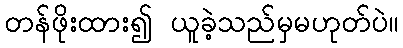
တန်ဖိုးထား၍ ယူခဲ့သည်မှမဟုတ်ပဲ။